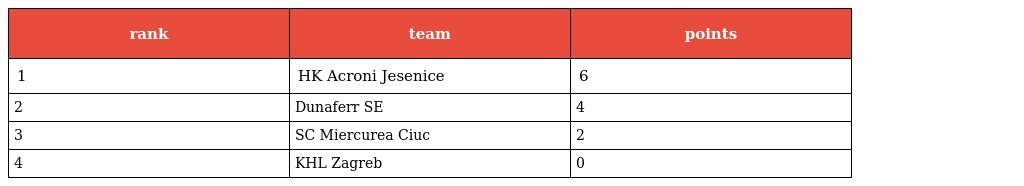
| rank | team | points |
 | --- | --- | --- |
 | 1 | HK Acroni Jesenice | 6 |
 | 2 | Dunaferr SE | 4 |
 | 3 | SC Miercurea Ciuc | 2 |
 | 4 | KHL Zagreb | 0 |